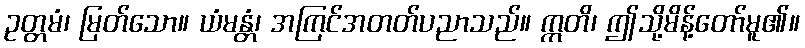
ဥတ္တမံ၊ မြတ်သော။ ယံမန္တံ၊ အကြင်အတတ်ပညာသည်။ ဣတိ၊ ဤသို့မိန့်တော်မူ၏။